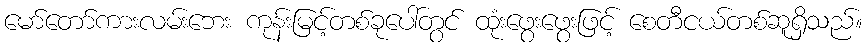
မော်တော်ကားလမ်းဘေး ကုန်းမြင့်တစ်ခုပေါ်တွင် ထုံးဖွေးဖွေးဖြင့် စေတီငယ်တစ်ဆူရှိသည်။